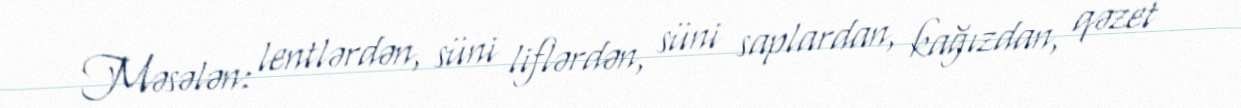
Məsələn: lentlərdən, süni liflərdən, süni saplardan, kağızdan, qəzet